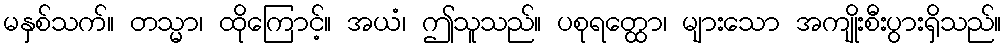
မနှစ်သက်။ တသ္မာ၊ ထိုကြောင့်။ အယံ၊ ဤသူသည်။ ပစုရတ္ထော၊ များသော အကျိုးစီးပွားရှိသည်။